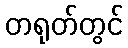
တရုတ်တွင်